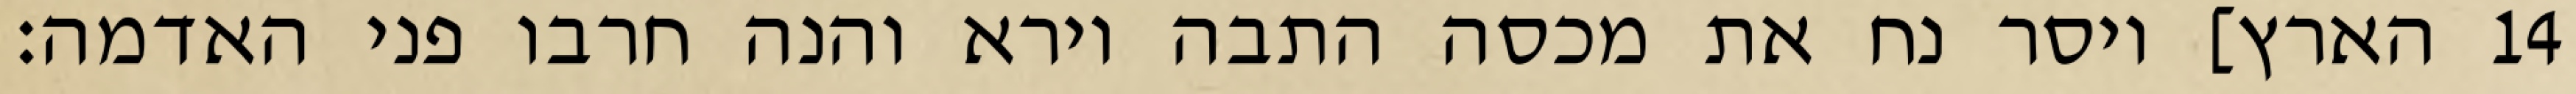
הארץ] ויסר נח את מכסה התבה וירא והנה חרבו פני האדמה׃ ‎14‏